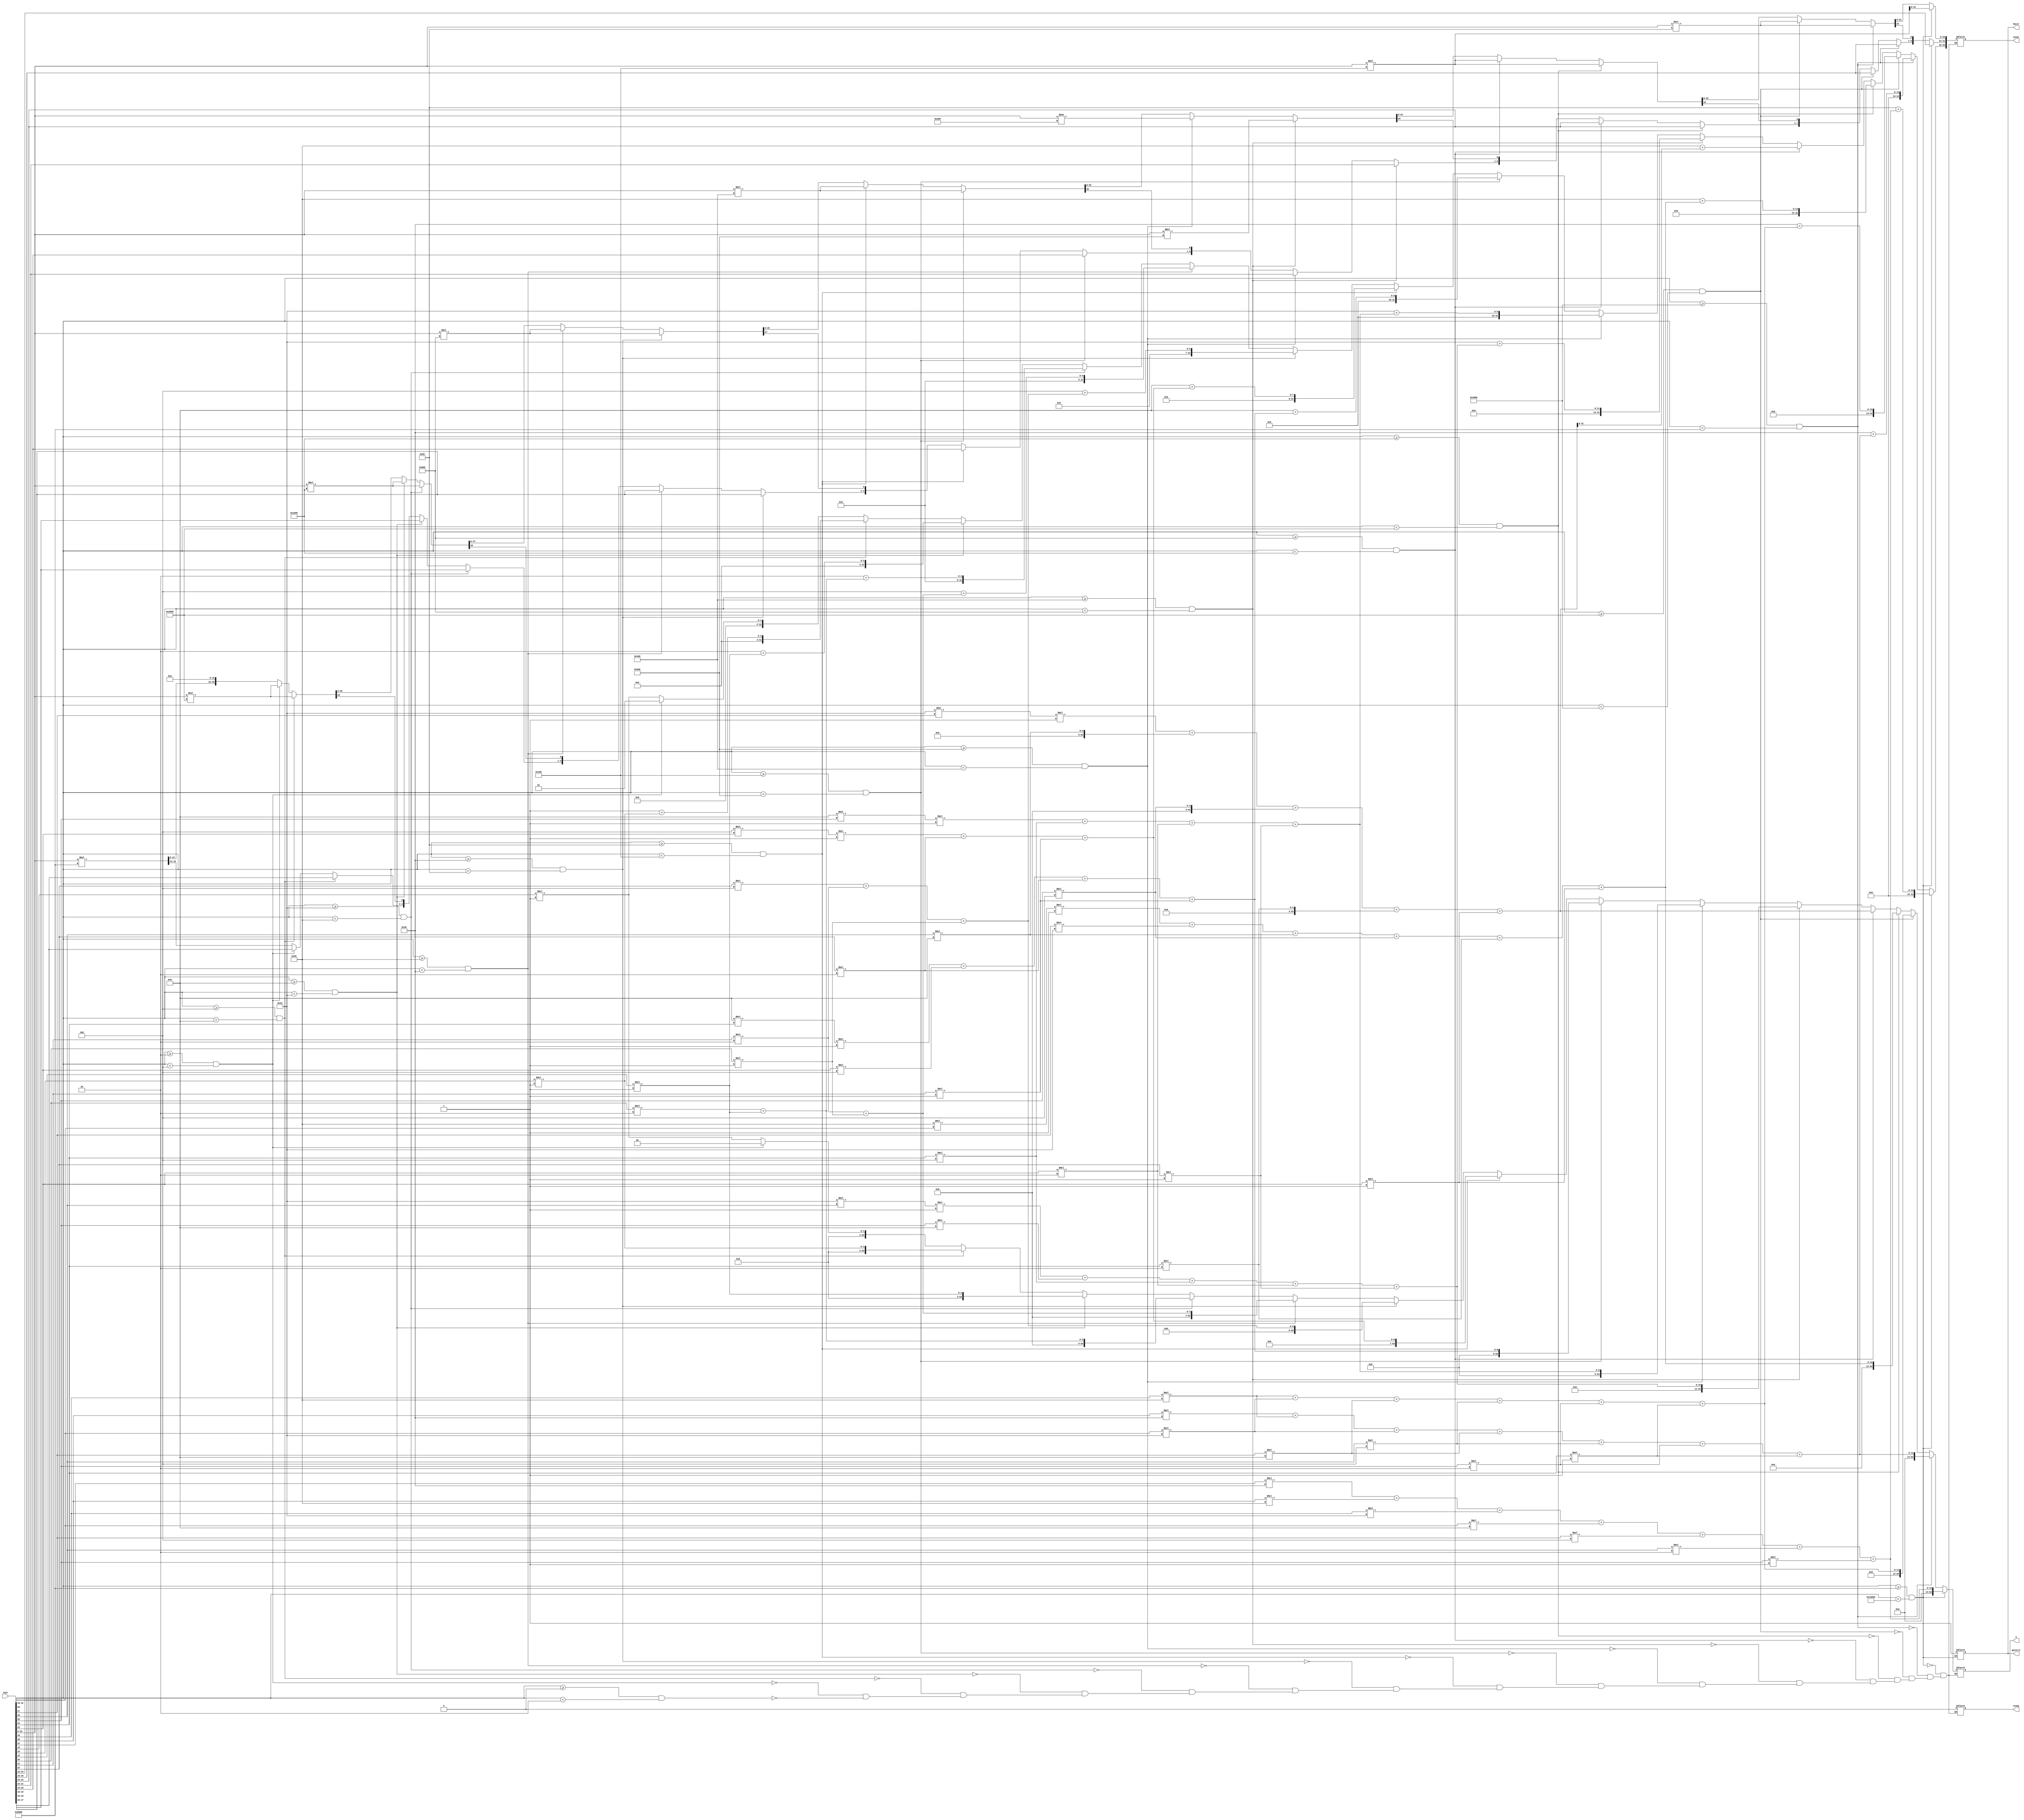
`timescale 1ns / 1ps


module karekok
(sayi,sonuc,tasma,a,hazir,gecerli

    );
    input [31:0] sayi;
    output reg [63:0] sonuc;
    output reg tasma;
    output reg [63:0] a;
    output reg hazir = 1'b0;
    output reg gecerli = 1'b0;
    always@(*)begin
    if(sayi[31:16]>=0 && sayi[31:16]<2)begin
    a=sayi[16]*(2**(0));
    sonuc[63:32]=a;
    sonuc[31:16]=sayi[15:0]*(2**15);
    sonuc[15:0]='b0;
    tasma=1'b0;
    end
    if(sayi[31:16]>=2 && sayi[31:16]<4)begin
    a=0;
    sonuc[63:32]=1+a;
    sonuc[31:30]=sayi[17:16];
    sonuc[29:0]=sayi[15:0]*(2**13);
    tasma=1'b0;
    end
    if(sayi[31:16]>=4 && sayi[31:16]<8)begin
    a=sayi[18]*(2**(0));
    sonuc[63:32]=1+a;
    sonuc[31:30]=sayi[17:16];
    sonuc[29:0]=sayi[15:0]*(2**13);
    tasma=1'b0;
    end
    if(sayi[31:16]>=8 && sayi[31:16]<16)begin
    a=sayi[19]*(2**(0));
    sonuc[63:32]=2+a;
    sonuc[28:0]=sayi[15:0]*(2**12);
    sonuc[31:29]=sayi[18:16];
    tasma=1'b0;
    end
    if(sayi[31:16]>=16 && sayi[31:16]<32)begin
    a=sayi[20]*(2**(1))+sayi[19]*(2**(0));
    sonuc[63:32]=2+a;
    sonuc[28:0]=sayi[15:0]*(2**12);
    sonuc[31:29]=sayi[18:16];
    tasma=1'b0;
    end
    if(sayi[31:16]>=32 && sayi[31:16]<64)begin
    a=sayi[21]*(2**(1))+sayi[20]*(2**(0));
    sonuc[63:32]=4+a;
    sonuc[27:0]=sayi[15:0]*(2**(11));
    sonuc[31:28]=sayi[19:16];
    tasma=1'b0;
    end
    if(sayi[31:16]>=64 && sayi[31:16]<128)begin
    a=sayi[22]*(2**(2))+sayi[21]*(2**(1))+sayi[20]*(2**(0));
    sonuc[63:32]=4+a;
    sonuc[27:0]=sayi[15:0]*(2**(11));
    sonuc[31:28]=sayi[19:16];
    tasma=1'b0;
    end
    if(sayi[31:16]>=128 && sayi[31:16]<256)begin
    a=4*sayi[23]*(2**(0))+sayi[22]*(2**(1))+sayi[21]*(2**(0));
    sonuc[63:32]=8+a;
    sonuc[26:0]=sayi[15:0]*(2**(10));
    sonuc[31:27]=sayi[20:16];
    tasma=1'b0;
    end
    if(sayi[31:16]>=256 && sayi[31:16]<512)begin
    a=8*sayi[24]*(2**(0))+sayi[23]*(2**(2))+sayi[22]*(2**(1))+sayi[21]*(2**(0));
    sonuc[63:32]=8+a;
    sonuc[26:0]=sayi[15:0]*(2**(10));
    sonuc[31:27]=sayi[20:16];
    tasma=1'b0;
    end
    if(sayi[31:16]>=512 && sayi[31:16]<1024)begin
    a=8*sayi[25]*(2**(0))+sayi[24]*(2**(2))+sayi[23]*(2**(1))+sayi[22]*(2**(0));
    sonuc[63:32]=16+a;
    sonuc[25:0]=sayi[15:0]**(2**(9));
    sonuc[31:26]=sayi[21:16];
    tasma=1'b0;
    end
    if(sayi[31:16]>=1024 && sayi[31:16]<2048)begin
    a=16*sayi[26]*(2**(0))+sayi[25]*(2**(3))+sayi[24]*(2**(2))+sayi[23]*(2**(1))+sayi[22]*(2**(0));
    sonuc[63:32]=16+a;
    sonuc[25:0]=sayi[15:0]*(2**(9));
    sonuc[31:26]=sayi[21:16];
    tasma=1'b0;
    end
    if(sayi[31:16]>=2048 && sayi[31:16]<4096)begin
    a=16*sayi[27]*(2**(0))+sayi[26]*(2**(3))+sayi[25]*(2**(2))+sayi[24]*(2**(1))+sayi[23]*(2**(0));
    sonuc[63:32]=32+a;
    sonuc[24:0]=sayi[15:0]*(2**(8));
    sonuc[31:25]=sayi[22:16];
    tasma=1'b0;
    end
    if(sayi[31:16]>=4096 && sayi[31:16]<8192)begin
    a=32*sayi[28]*(2**(0))+sayi[27]*(2**(4))+sayi[26]*(2**(3))+sayi[25]*(2**(2))+sayi[24]*(2**(1))+sayi[23]*(2**(0));
    sonuc[63:32]=32+a;
    sonuc[24:0]=sayi[15:0]*(2**(8));
    sonuc[31:25]=sayi[22:16];
    tasma=1'b0;
    end
    if(sayi[31:16]>=8192 && sayi[31:16]<16384)begin
    a=sayi[29]*(2**(5))+sayi[28]*(2**(4))+sayi[27]*(2**(3))+sayi[26]*(2**(2))+sayi[25]*(2**(1))+sayi[24]*(2**(0));
    sonuc[63:32]=64+a;
    sonuc[23:0]=sayi[15:0]*(2**(7));
    sonuc[31:24]=sayi[23:16];
    tasma=1'b0;
    end
    if(sayi[31:16]>=16384 && sayi[31:16]<32768)begin
    a=sayi[30]*(2**(6))+sayi[29]*(2**(5))+sayi[28]*(2**(4))+sayi[27]*(2**(3))+sayi[26]*(2**(2))+sayi[25]*(2**(1))+sayi[24]*(2**(0));
    sonuc[63:32]=64+a;
    sonuc[23:0]=sayi[15:0]*(2**(7));
    sonuc[31:24]=sayi[23:16];
    tasma=1'b0;
    end
    if(sayi[31:16]>=32768 && sayi[31:16]<65536)begin
    a=sayi[31]*(2**(6))+sayi[30]*(2**(5))+sayi[29]*(2**(4))+sayi[28]*(2**(3))+sayi[27]*(2**(2))+sayi[26]*(2**(1))+sayi[25]*(2**(0));
    sonuc[63:32]=128+a;
    sonuc[24:0]=sayi[15:0]*(2**(8));
    sonuc[31:23]=sayi[24:16];
    tasma=1'b0;
    hazir=1;//islem bitince ana module gondermek uzere hazir ve gecerli cikisi mantik 1 
    gecerli=1;
    end
    
 
 end
 endmodule